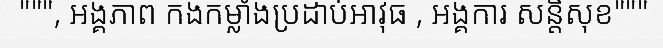
""", អង្គភាព កងកម្លាំងប្រដាប់អាវុធ , អង្គការ សន្តិសុខ"""